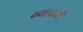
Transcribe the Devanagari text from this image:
ग्वासरी